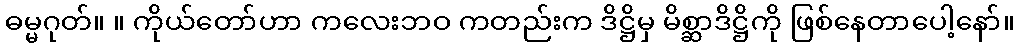
ဓမ္မဂုတ်။ ။ ကိုယ်တော်ဟာ ကလေးဘဝ ကတည်းက ဒိဋ္ဌိမှ မိစ္ဆာဒိဋ္ဌိကို ဖြစ်နေတာပေါ့နော်။